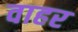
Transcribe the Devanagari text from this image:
वाहर